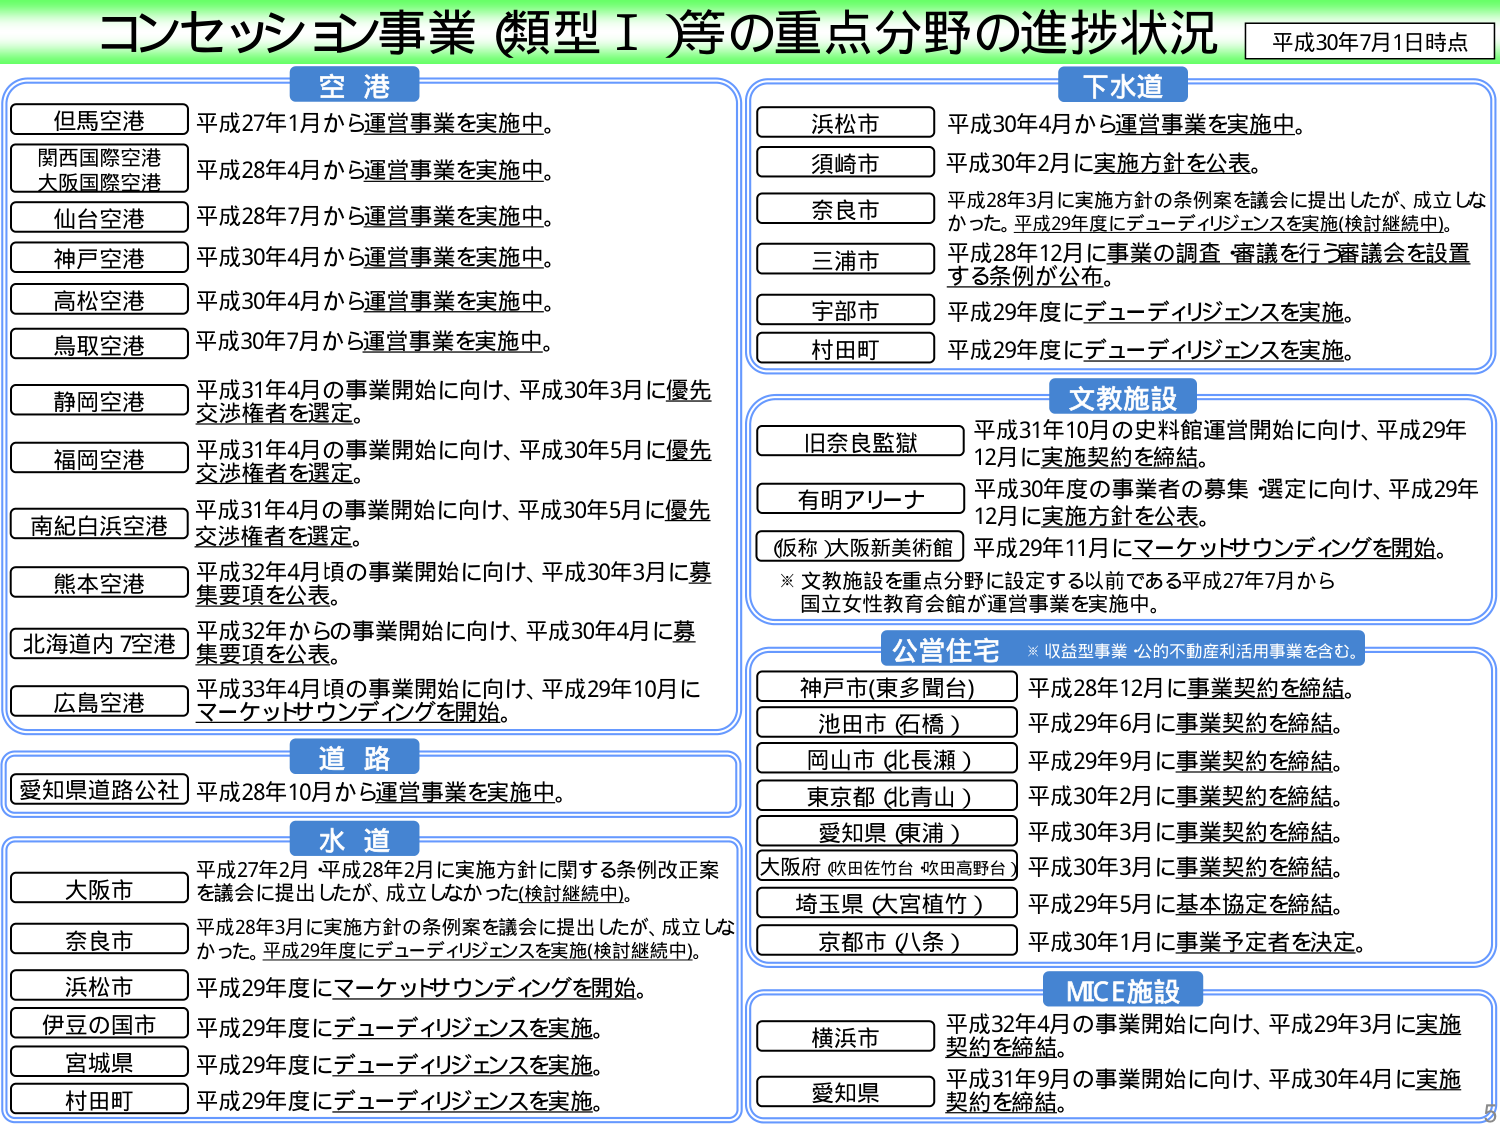
コンセッション事業（類型Ⅰ）等の重点分野の進捗状況　平成30年7月1日時点

空港
但馬空港　平成27年1月から運営事業を実施中。
関西国際空港　平成28年4月から運営事業を実施中。
大阪国際空港
仙台空港　平成28年7月から運営事業を実施中。
神戸空港　平成30年4月から運営事業を実施中。
高松空港　平成30年4月から運営事業を実施中。
鳥取空港　平成30年7月から運営事業を実施中。
静岡空港　平成31年4月の事業開始に向け、平成30年3月に優先交渉権者を選定。
福岡空港　平成31年4月の事業開始に向け、平成30年5月に優先交渉権者を選定。
南紀白浜空港　平成31年4月の事業開始に向け、平成30年5月に優先交渉権者を選定。
熊本空港　平成32年4月頃の事業開始に向け、平成30年3月に募集要項を公表。
北海道内7空港　平成32年からの事業開始に向け、平成30年4月に募集要項を公表。
広島空港　平成33年4月頃の事業開始に向け、平成29年10月にマーケットサウンディングを開始。

道路
愛知県道路公社　平成28年10月から運営事業を実施中。

水道
大阪市　平成27年2月 平成28年2月に実施方針に関する条例改正案を議会に提出したが、成立しなかった（検討継続中）。
奈良市　平成28年3月に実施方針の条例案を議会に提出したが、成立しなかった。平成29年度にデューディリジェンスを実施（検討継続中）。
浜松市　平成29年度にマーケットサウンディングを開始。
伊豆の国市　平成29年度にデューディリジェンスを実施。
宮城県　平成29年度にデューディリジェンスを実施。
村田町　平成29年度にデューディリジェンスを実施。

下水道
浜松市　平成30年4月から運営事業を実施中。
須崎市　平成30年2月に実施方針を公表。
奈良市　平成28年3月に実施方針の条例案を議会に提出したが、成立しなかった。平成29年度にデューディリジェンスを実施（検討継続中）。
三浦市　平成28年12月に事業の調査・審議を行う審議会を設置する条例が公布。
宇部市　平成29年度にデューディリジェンスを実施。
村田町　平成29年度にデューディリジェンスを実施。

文教施設
旧奈良監獄　平成31年10月の史料館運営開始に向け、平成29年12月に実施契約を締結。
有明アリーナ　平成30年度の事業者の募集・選定に向け、平成29年12月に実施方針を公表。
（仮称）大阪新美術館　平成29年11月にマーケットサウンディングを開始。
※文教施設を重点分野に設定する以前である平成27年7月から国立女性教育会館が運営事業を実施中。

公営住宅　※収益型事業・公的不動産利活用事業を含む。
神戸市（東多聞台）　平成28年12月に事業契約を締結。
池田市（石橋）　平成29年6月に事業契約を締結。
岡山市（北長瀬）　平成29年9月に事業契約を締結。
東京都（北青山）　平成30年2月に事業契約を締結。
愛知県（東浦）　平成30年3月に事業契約を締結。
大阪府（吹田佐竹台・吹田高野台）　平成30年3月に事業契約を締結。
埼玉県（大宮植竹）　平成29年5月に基本協定を締結。
京都市（八条）　平成30年1月に事業予定者を決定。

MICE施設
横浜市　平成32年4月の事業開始に向け、平成29年3月に実施契約を締結。
愛知県　平成31年9月の事業開始に向け、平成30年4月に実施契約を締結。